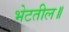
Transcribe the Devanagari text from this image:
भेटतील॥